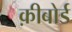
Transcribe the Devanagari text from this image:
क़ीबोर्ड